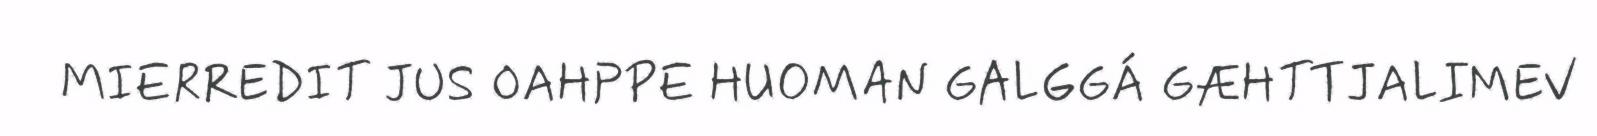
MIERREDIT JUS OAHPPE HUOMAN GALGGÁ GÆHTTJALIMEV